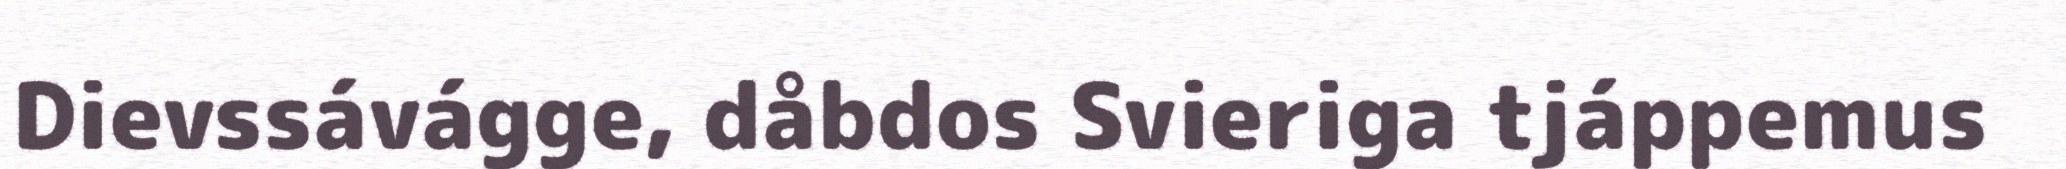
Dievssávágge, dåbdos Svieriga tjáppemus